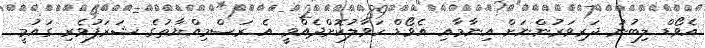
އެވޯޑް ލިބުނު ދަރިވަރުންނަށް އިނާމާއި އެވޯޑް ހަވާލުކޮށްދެއްވީ އެ ރަސްމިއްޔާތުގެ ޝަރަފުވެރި ގައުމީ